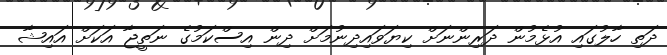
ދަތި ހާލުގައި އުޅެމުން ދަރިންނަށް ކިޔަވައިދިނުމަށް ދިން އިސްކަމުގެ ނަތީޖާ އަކަށް އައިޝާ